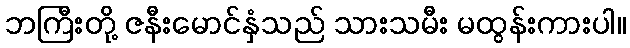
ဘကြီးတို့ ဇနီးမောင်နှံသည် သားသမီး မထွန်းကားပါ။